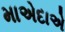
માએદાએ